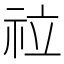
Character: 𥘸